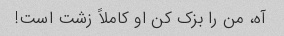
آه، من را بزک کن او کاملاً زشت است!